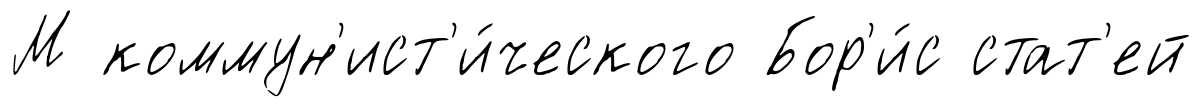
М коммун'ист'и́ческого Бор'и́с стат'ей